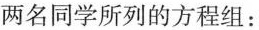
两名同学所列的方程组：